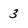
Character: 3